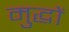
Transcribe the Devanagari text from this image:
मुद्धों